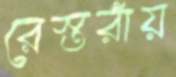
রেস্তরাঁয়